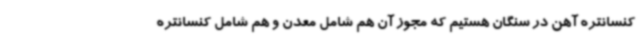
کنسانتره آهن در سنگان هستیم که مجوز آن هم شامل معدن و هم شامل کنسانتره